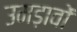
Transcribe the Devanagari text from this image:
उमड़ावों